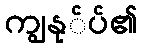
ကျွနု်ပ်၏